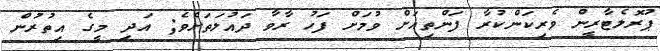
ޕުރޮލެޓާރީން ވެރިކަންކުރާ ފަންތިއަށް ވުމަށް ފަހު ރާވާ ދައުލަތަށެވެ; އަދި މީގެ އިތުރުން